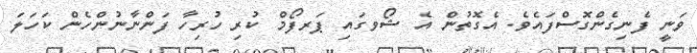
ވަނީ ފެނިގެންގޮސްފައެވެ. އެގޮތުން އެ ޝޯވގައި ޕަރފޯމް ކުރި ހުރިހާ ފަންނާނުންހެން ކަހަލަ